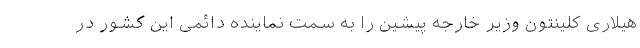
هیلاری کلینتون وزیر خارجه پیشین را به سمت نماینده دائمی این کشور در